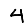
Digit: 4